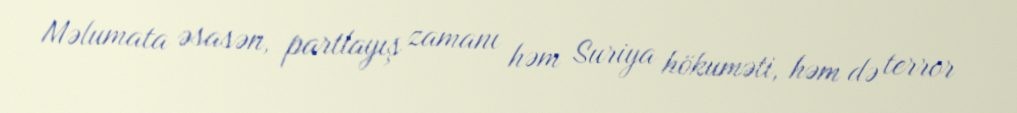
Məlumata əsasən, partlayış zamanı həm Suriya hökuməti, həm də terror